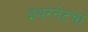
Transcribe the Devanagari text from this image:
इथरनेटचा